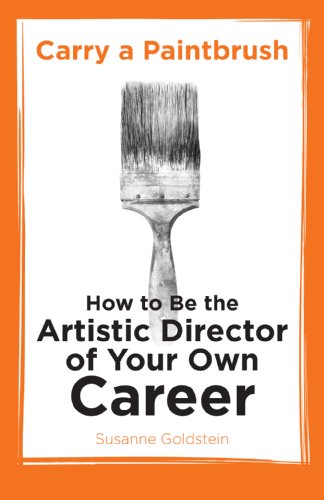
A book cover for Carry a Paintbrush: How to Be the Artistic Director of Your Own Career; Susanne Goldstein; Business & Money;